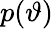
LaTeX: p(\vartheta)